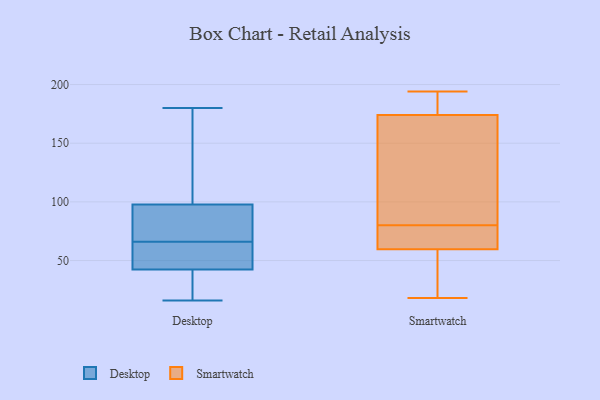
{"axis": {"x": "Tickets Resolved", "y": "Value"}, "legend": ["Desktop", "Smartwatch"], "data": [{"x": "", "y": 62, "type": "Desktop"}, {"x": "", "y": 101, "type": "Desktop"}, {"x": "", "y": 180, "type": "Desktop"}, {"x": "", "y": 41, "type": "Desktop"}, {"x": "", "y": 16, "type": "Desktop"}, {"x": "", "y": 46, "type": "Desktop"}, {"x": "", "y": 23, "type": "Desktop"}, {"x": "", "y": 29, "type": "Desktop"}, {"x": "", "y": 84, "type": "Desktop"}, {"x": "", "y": 146, "type": "Desktop"}, {"x": "", "y": 66, "type": "Desktop"}, {"x": "", "y": 88, "type": "Desktop"}, {"x": "", "y": 159, "type": "Desktop"}, {"x": "", "y": 64, "type": "Desktop"}, {"x": "", "y": 79, "type": "Desktop"}, {"x": "", "y": 66, "type": "Smartwatch"}, {"x": "", "y": 103, "type": "Smartwatch"}, {"x": "", "y": 36, "type": "Smartwatch"}, {"x": "", "y": 194, "type": "Smartwatch"}, {"x": "", "y": 178, "type": "Smartwatch"}, {"x": "", "y": 18, "type": "Smartwatch"}, {"x": "", "y": 167, "type": "Smartwatch"}, {"x": "", "y": 170, "type": "Smartwatch"}, {"x": "", "y": 60, "type": "Smartwatch"}, {"x": "", "y": 188, "type": "Smartwatch"}, {"x": "", "y": 59, "type": "Smartwatch"}, {"x": "", "y": 78, "type": "Smartwatch"}, {"x": "", "y": 82, "type": "Smartwatch"}, {"x": "", "y": 58, "type": "Smartwatch"}, {"x": "", "y": 184, "type": "Smartwatch"}, {"x": "", "y": 60, "type": "Smartwatch"}]}